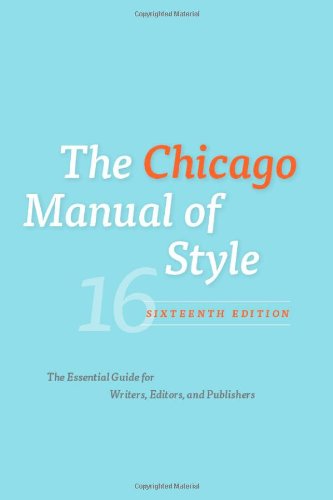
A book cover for The Chicago Manual of Style, 16th Edition; Reference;